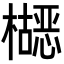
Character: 𬅂